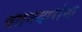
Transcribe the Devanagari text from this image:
वतनदारांना